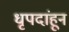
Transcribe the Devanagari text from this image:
धृपदांहून